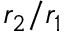
r _ { 2 } / r _ { 1 }